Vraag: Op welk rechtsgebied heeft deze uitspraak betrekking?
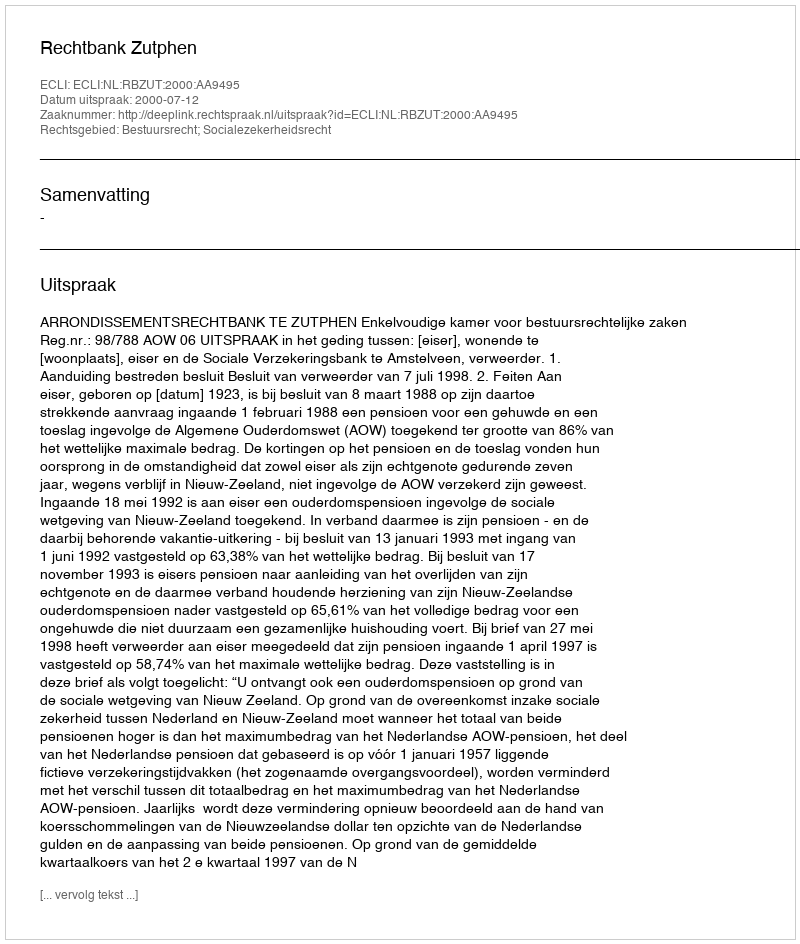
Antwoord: Bestuursrecht; Socialezekerheidsrecht